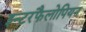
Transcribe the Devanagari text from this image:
इन्टरफैलोपियन